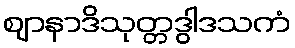
ဈာနာဒိသုတ္တဒွါဒသကံ